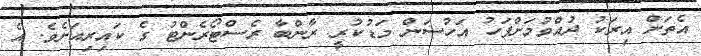
އެތަށް އިރަކު ދުއްވުމަށްފަހު އަހުސަން މަޑުކުރީ ރާންބާ ރެސްޓޯރެންޓު ގެ ކައިރިއަށެވެ. އެ